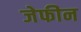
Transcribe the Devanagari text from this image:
जेफीन